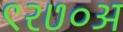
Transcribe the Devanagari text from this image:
९२७०अ